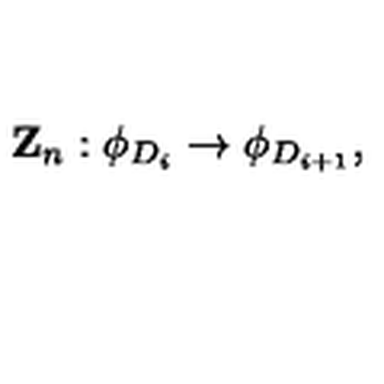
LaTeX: { \bf Z } _ { n } : \phi _ { D _ { i } } \rightarrow \phi _ { D _ { i + 1 } } ,